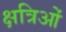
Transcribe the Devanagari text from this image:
क्षत्रिओं